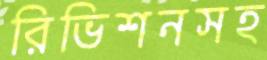
রিভিশনসহ